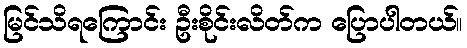
မြင်သိရကြောင်း ဦးစိုင်းလိတ်က ပြောပါတယ်။